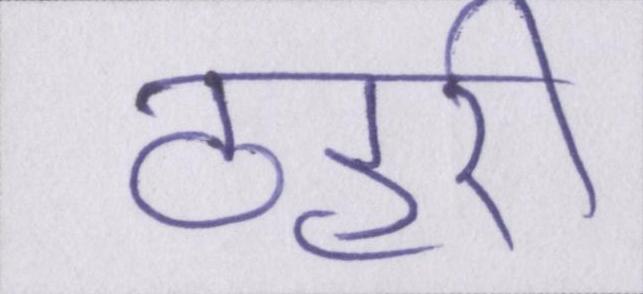
ठहरी